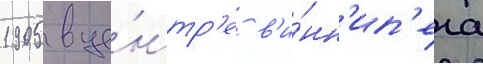
1905 в це́нтр'е в'и́нн'ип'ега